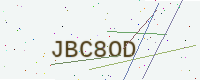
Text: JBC8OD